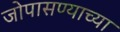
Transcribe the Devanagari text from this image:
जोपासण्याच्या